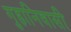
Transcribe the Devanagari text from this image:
गुहानिवासी